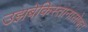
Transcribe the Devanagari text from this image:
उझबेकिस्तानासोबत